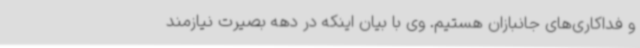
و فداکاری‌های جانبازان هستیم. وی با بیان اینکه در دهه بصیرت نیازمند